Vaccination Hyderabad 1872-1889 - 1872-1889
Year: 1872
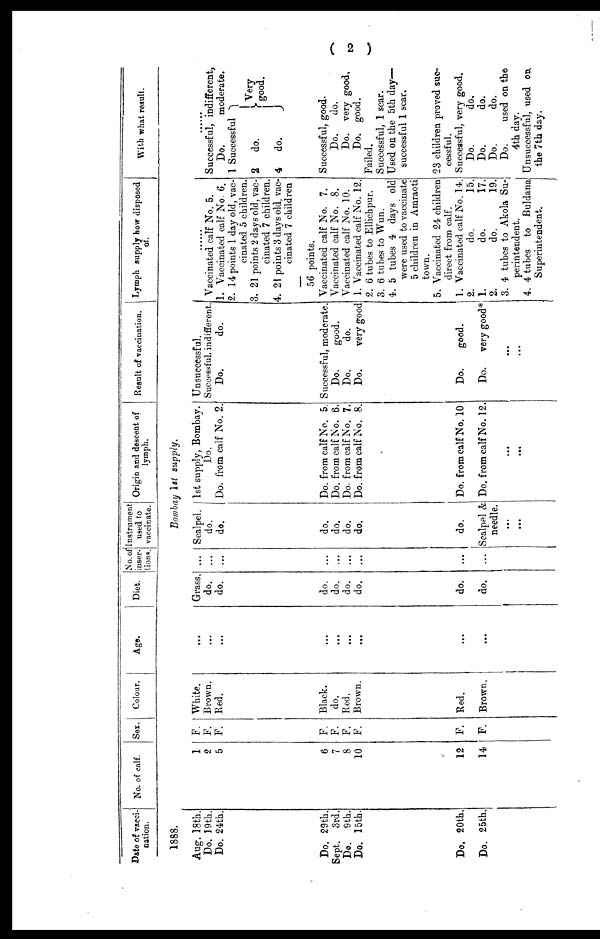
( 2 )
Date of vacci-
nation.
1888.
Aug. 18th.
Do. 19th.
Do. 24th.
Do. 29th.
Sept. 3rd.
Do.
9th.
Do. 15th.
Do. 20th,
Do. 25th,
No. of calf.
1
2
5
6
7
8
10
12
14
Sex.
F.
F.
F.
F.
F.
F.
F.
F.
F.
Colour.
White.
Brown.
Red.
Black.
do.
Red.
Brown.
Red.
Brown.
Age.
...
...
...
...
...
...
...
...
...
Diet.
Grass.
do.
do.
do.
do.
do.
do.
do.
do.
No. of
inser-
tions.
...
...
...
...
...
...
...
...
...
Instrument
used to
vaccinate.
Origin and descent of
lymph.
Bombay 1st supply.
Scalpel.
do.
do.
do.
do.
do.
do.
do.
Scalpel &
needle.
...
...
1st supply, Bombay.
Do.
Do. from calf No. 2.
Do. from calf No. 5.
Do. from calf No. 6.
Do. from calf No. 7.
Do. from calf No. 8.
Do. from calf No. 10
Do. from calf No. 12.
...
...
Result of vaccination.
Unsuccessful.
Successful, indifferent.
Do.
do.
Successful, moderate.
Do.
good.
Do.
do.
Do.
very good
Do.
good.
Do.
very good*
...
...
Lymph supply how disposed
of.
......
Vaccinated calf No. 5.
1. Vaccinated calf No. 6.
2. 14 points 1 day old, vac-
cinated 5 children.
3. 21 points 2 days old, vac-
cinated 7 children.
4. 21 points 3 days old, vac-
cinated 7 children
56 points.
Vaccinated calf No. 7.
Vaccinated calf No. 8.
Vaccinated calf No. 10.
1. Vaccinated calf No. 12.
2. 6 tubes to Ellichpur.
3. 6 tubes to Wun.
4. 5 tubes 4 days old
were used to vaccinate
5 children in Amraoti
town.
5. Vaccinated 24 children
direct from calf.
1. Vaccinated calf No. 14.
2.
do.
15.
1.
do.
17.
2.
do.
19.
3. 4 tubes to Akola Su-
perintendent.
4. 4 tubes to Buldana
Superintendent.
With what result.
......
Successful, indifferent,
Do.
moderate.
1 Successful
2
do.
4 do.
Very
good.
Successful, good.
Do.
do.
Do. very good.
Do. good.
Failed.
Successful, 1 scar.
Used on the 5th day—
successful 1 scar.
23 children proved suc-
cessful.
Successful, very good.
Do.
do.
Do.
do.
Do.
do.
Do.
used on the
4th day.
Unsuccessful, used on.
the 7th day.